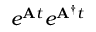
e ^ { \mathbf { A } t } e ^ { \mathbf { A } ^ { \dag } t }